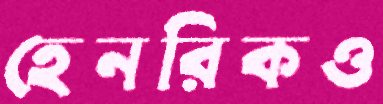
হেনরিকও